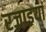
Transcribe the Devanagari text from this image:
रजाइयां